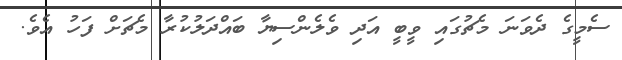
ސެމީގެ ދެވަނަ މެޗުގައި ވީބީ އަދި ވެލެންސިޔާ ބައްދަލުކުރާ މެޗަށް ފަހު އެވެ.